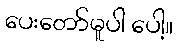
ပေးတော်မူပါ ပေါ့။